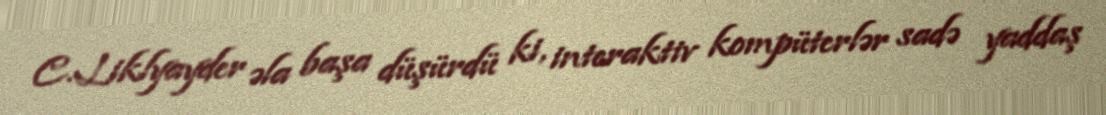
C.Liklyayder əla başa düşürdü ki, interaktiv kompüterlər sadə yaddaş